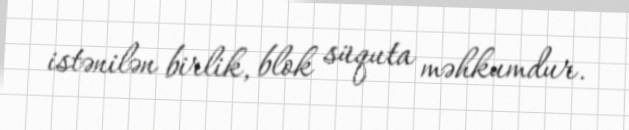
istənilən birlik, blok süquta məhkumdur.